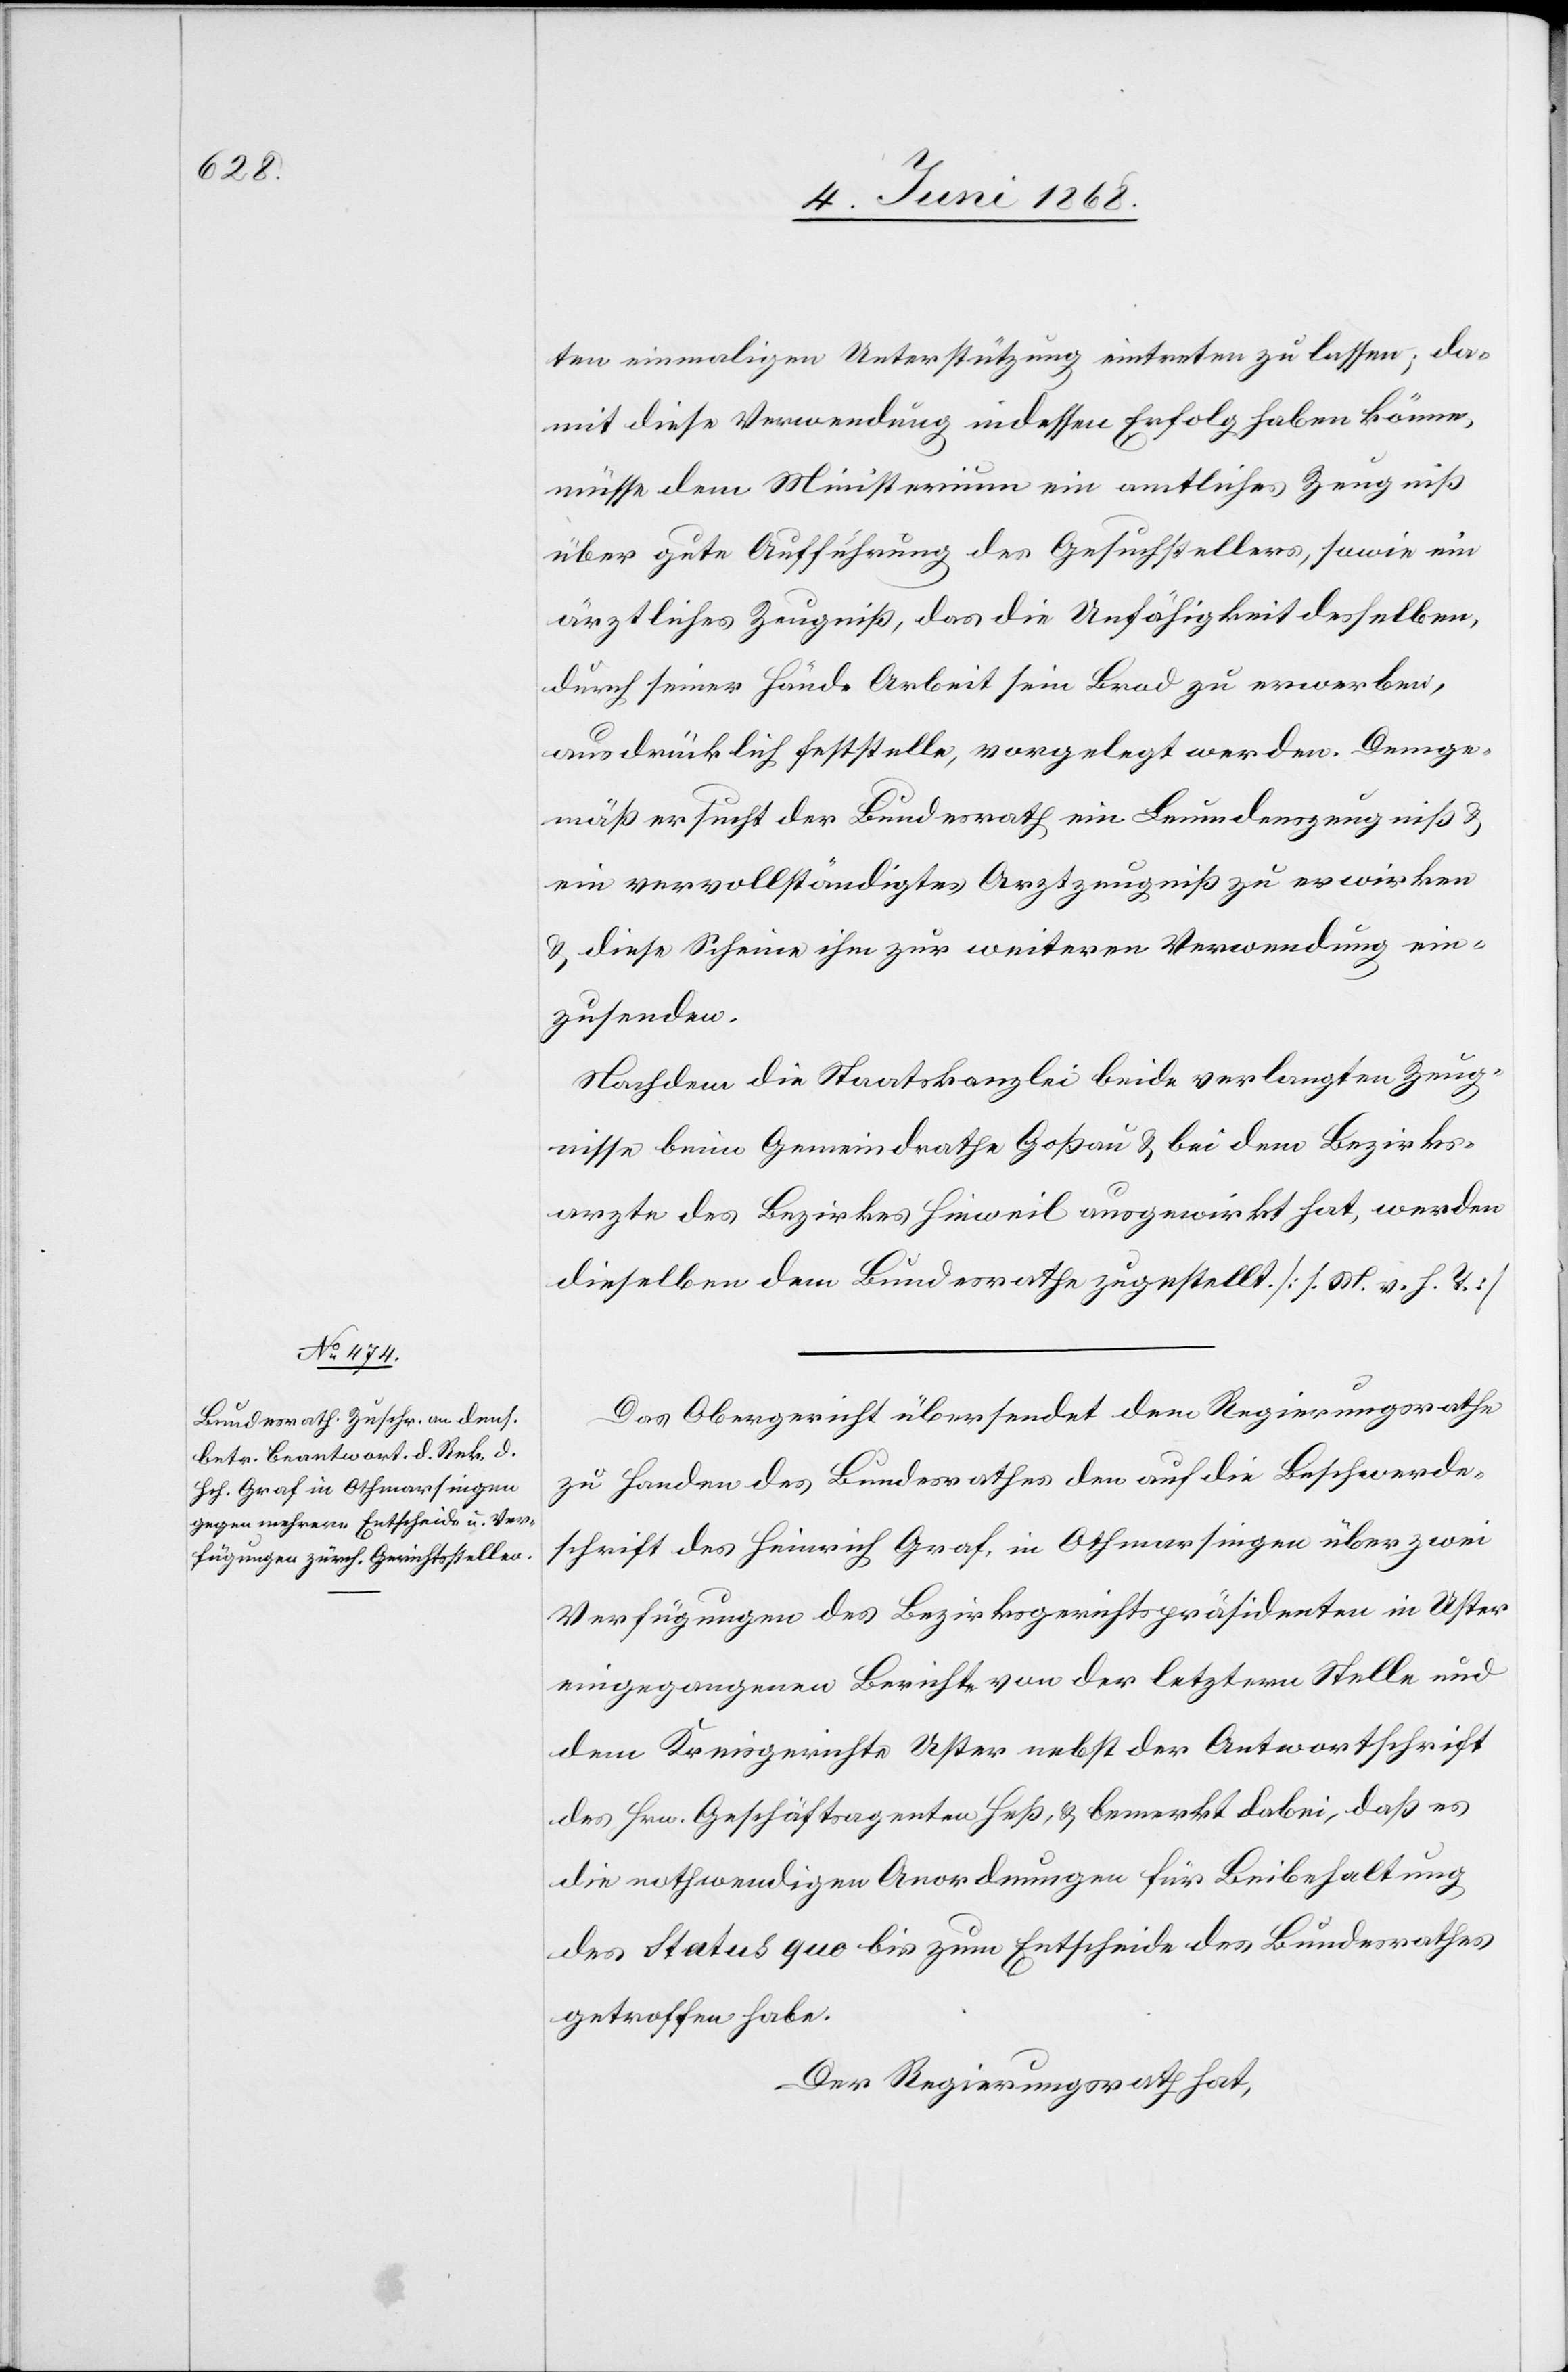
8. Juni 1868.]
ten einmaligen Unterstützung eintreten zu lassen; da¬
mit diese Verwendung indessen Erfolg haben könne,
müsse dem Ministerium ein amtliches Zeugniß
über gute Aufführung des Gesuchstellers, sowie ein
ärztliches Zeugniß, das die Unfähigkeit desselben,
durch seiner Hände Arbeit sein Brod zu erwerben,
ausdrücklich feststelle, vorgelegt werden. Demge¬
mäß ersucht der Bundesrath ein Leumdenszeugniß &
ein vervollständigtes Arztzeugniß zu erwirken
& diese Scheine ihm zur weiteren Verwendung ein¬
zusenden.
Nachdem die Staatskanzlei beide verlangten Zeug¬
nisse beim Gemeindrathe Goßau & bei dem Bezirks¬
arzte des Bezirkes Hinweil ausgewirkt hat, werden
dieselben dem Bundesrathe zugestellt. [s. M. v. h. T.]
Das Obergericht übersendet dem Regierungsrathe
zu Handen des Bundesrathes den auf die Beschwerde¬
schrift des Heinrich Graf, in Othmarsingen über zwei
Verfügungen des Bezirksgerichtspräsidenten in Uster
eingegangenen Berichte von der letztern Stelle und
dem Kreisgerichte Uster nebst der Antwortschrift
des Hrn. Geschäftsagenten Heß, & bemerkt dabei, daß es
die nothwendigen Anordnungen für Beibehaltung
des Status quo bis zum Entscheide des Bundesrathes
getroffen habe.
Der Regierungsrath hat,